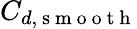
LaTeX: C_{d,\mathrm{~s~m~o~o~t~h~}}